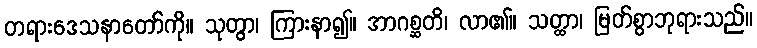
တရားဒေသနာတော်ကို။ သုတွာ၊ ကြားနာ၍။ အာဂစ္ဆတိ၊ လာ၏။ သတ္ထာ၊ မြတ်စွာဘုရားသည်။